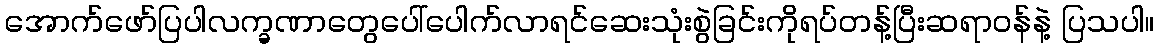
အောက်ဖော်ပြပါလက္ခဏာတွေပေါ်ပေါက်လာရင်ဆေးသုံးစွဲခြင်းကိုရပ်တန့်ပြီးဆရာဝန်နဲ့ ပြသပါ။